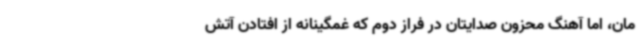
مان، اما آهنگ محزون صدایتان در فراز دوم که غمگینانه از افتادن آتش